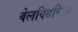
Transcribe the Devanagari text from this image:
वेलविटचिअ